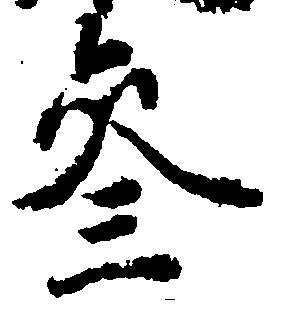
参